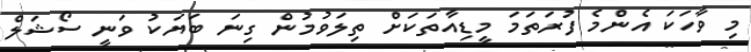
މި ވާހަކަ އެންމެ ފުރަތަމަ މީޑިއާތަކަށް ތިލަވުމުން ގިނަ ބަޔަކު ވަނީ ސޯޝަލް